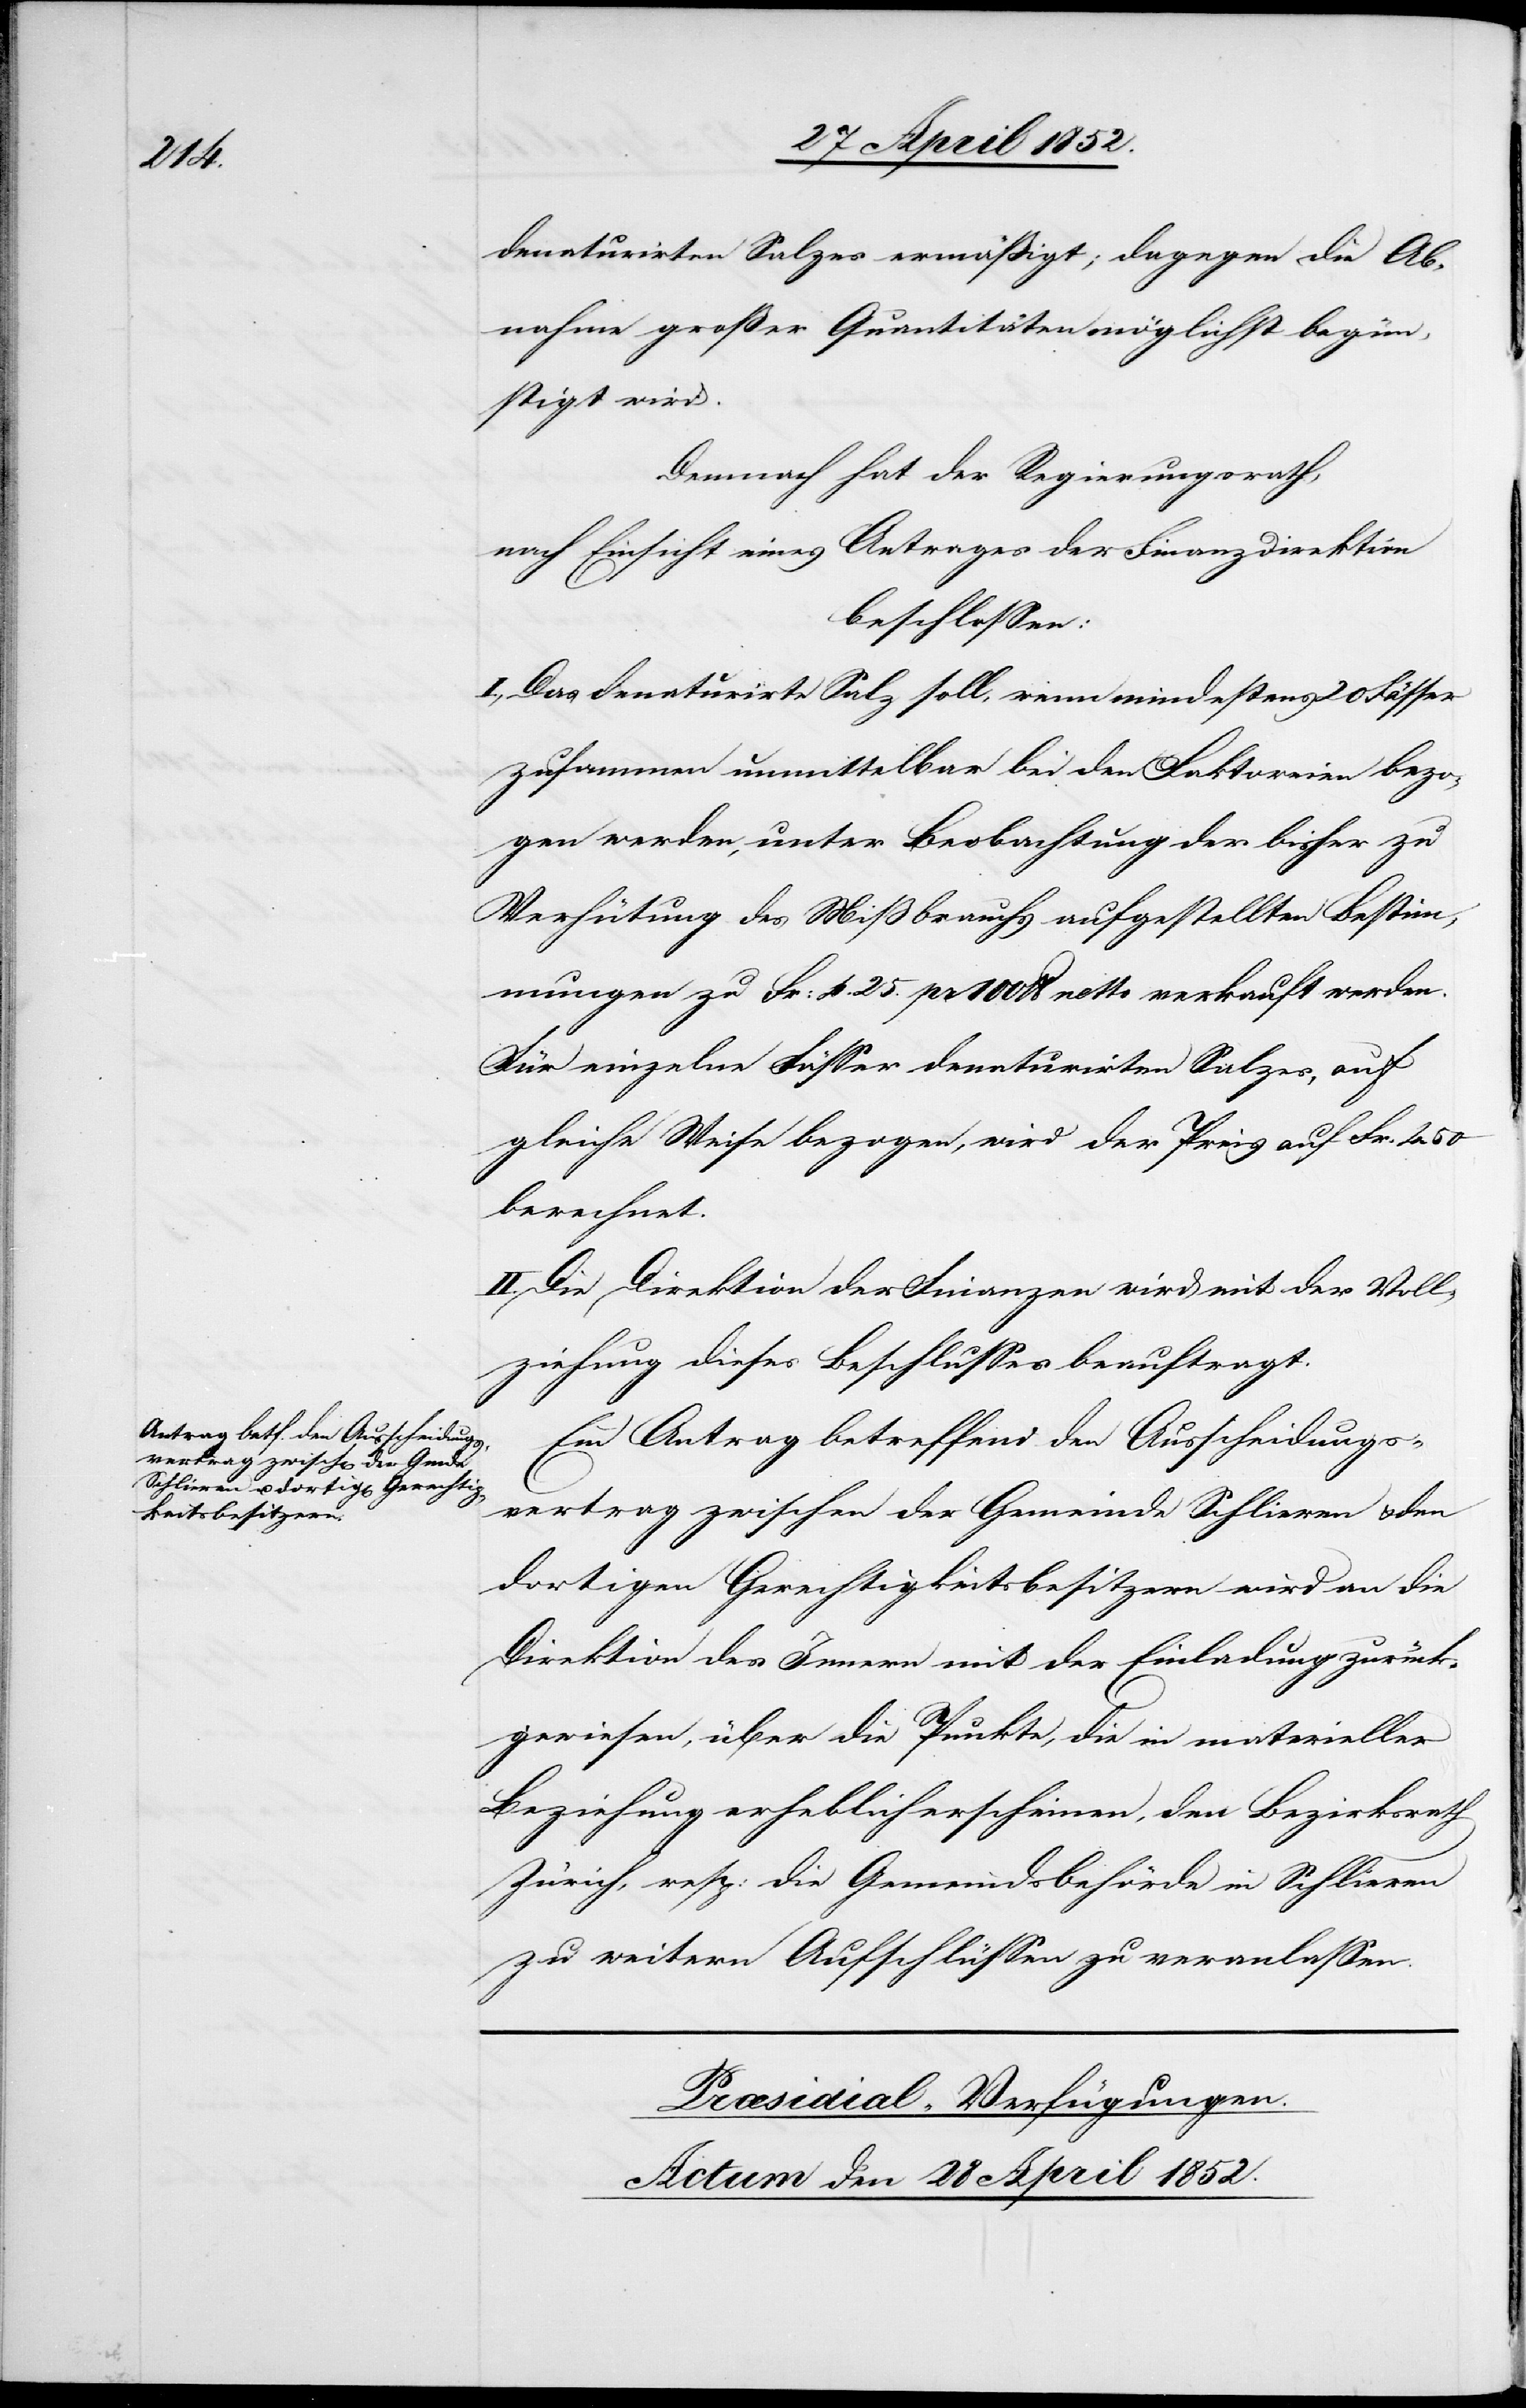
denaturirten Salzes ermässigt; dagegen die Ab¬
nahme grosser Quantitäten möglichst begün¬
stigt wird.
Demnach hat der Regierungsrath,
nach Einsicht eines Antrages der Finanzdirektion
beschlossen:
I., Das denaturirte Salz soll, wenn mindestens 20 Fässer
zusammen unmittelbar bei den Faktoreien bezo¬
gen werden, unter Beobachtung der bisher zu
Verhütung des Mißbrauchs aufgestellten Bestim¬
mungen zu Fr: 4. 25. pr 100 lb netto verkauft werden.
Für einzelne Fässer denaturirten Salzes, auf
gleiche Weise bezogen, wird der Preis auf Fr. 4.
berechnet.
II. Die Direktion der Finanzen wird mit der Voll¬
ziehung dieses Beschlusses beauftragt.
Ein Antrag betreffend den Ausscheidungs¬
vertrag zwischen der Gemeinde Schlieren & den
dortigen Gerechtigkeitsbesitzern wird an die
Direktion des Innern mit der Einladung zurück¬
gewiesen, über die Punkte, die in materieller
Beziehung erheblich erscheinen, den Bezirksrath
Zürich, resp: die Gemeindsbehörde in Schlieren
zu weitern Aufschlüssen zu veranlassen.
Præsidial-Verfügungen.
Actum den 28 April 1852.